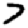
Digit: 7